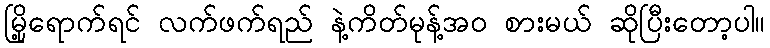
မြို့ရောက်ရင် လက်ဖက်ရည် နဲ့ကိတ်မုန့်အဝ စားမယ် ဆိုပြီးတော့ပါ။